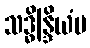
သဒ္ဓိန္ဒြိယံပ